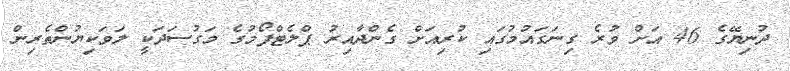
ދުނިޔޭގެ 46 އަށް ވުރެ ގިނަގައުމުގައި ކުރިއަށް ގެންދާއިރު ޕްލެޓްފޯމުގެ މަގުސަދަކީ ލަވަކިޔުންތެރިން